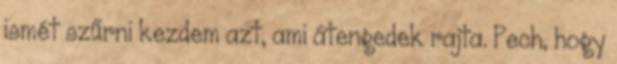
ismét szűrni kezdem azt, ami átengedek rajta. Pech, hogy